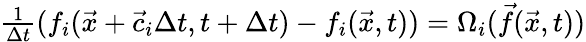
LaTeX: \begin{array}{r}{\frac{1}{\Delta t}(f_{i}(\vec{x}+\vec{c}_{i}\Delta t,t+\Delta t)-f_{i}(\vec{x},t))={\Omega_{i}}(\vec{f}(\vec{x},t))}\end{array}